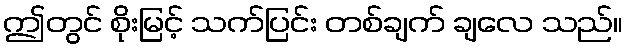
ဤတွင် စိုးမြင့် သက်ပြင်း တစ်ချက် ချလေ သည်။